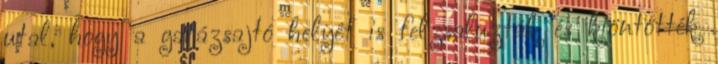
utal, hogy a garázsajtó helyét is felzsaluzták és kiöntötték